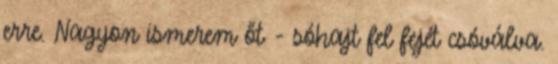
erre. Nagyon ismerem őt - sóhajt fel fejét csóválva.